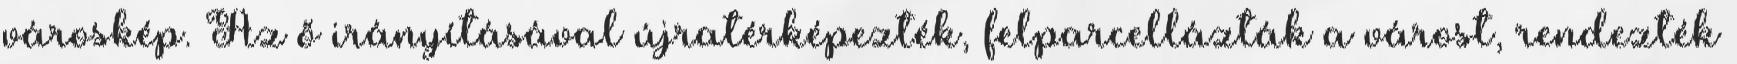
városkép. Az ő irányításával újratérképezték, felparcellázták a várost, rendezték